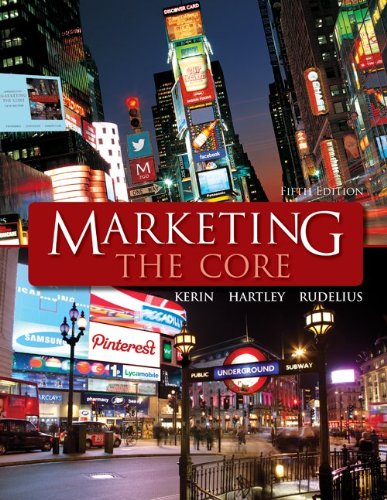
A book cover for Marketing: The Core; Roger Kerin; Education & Teaching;